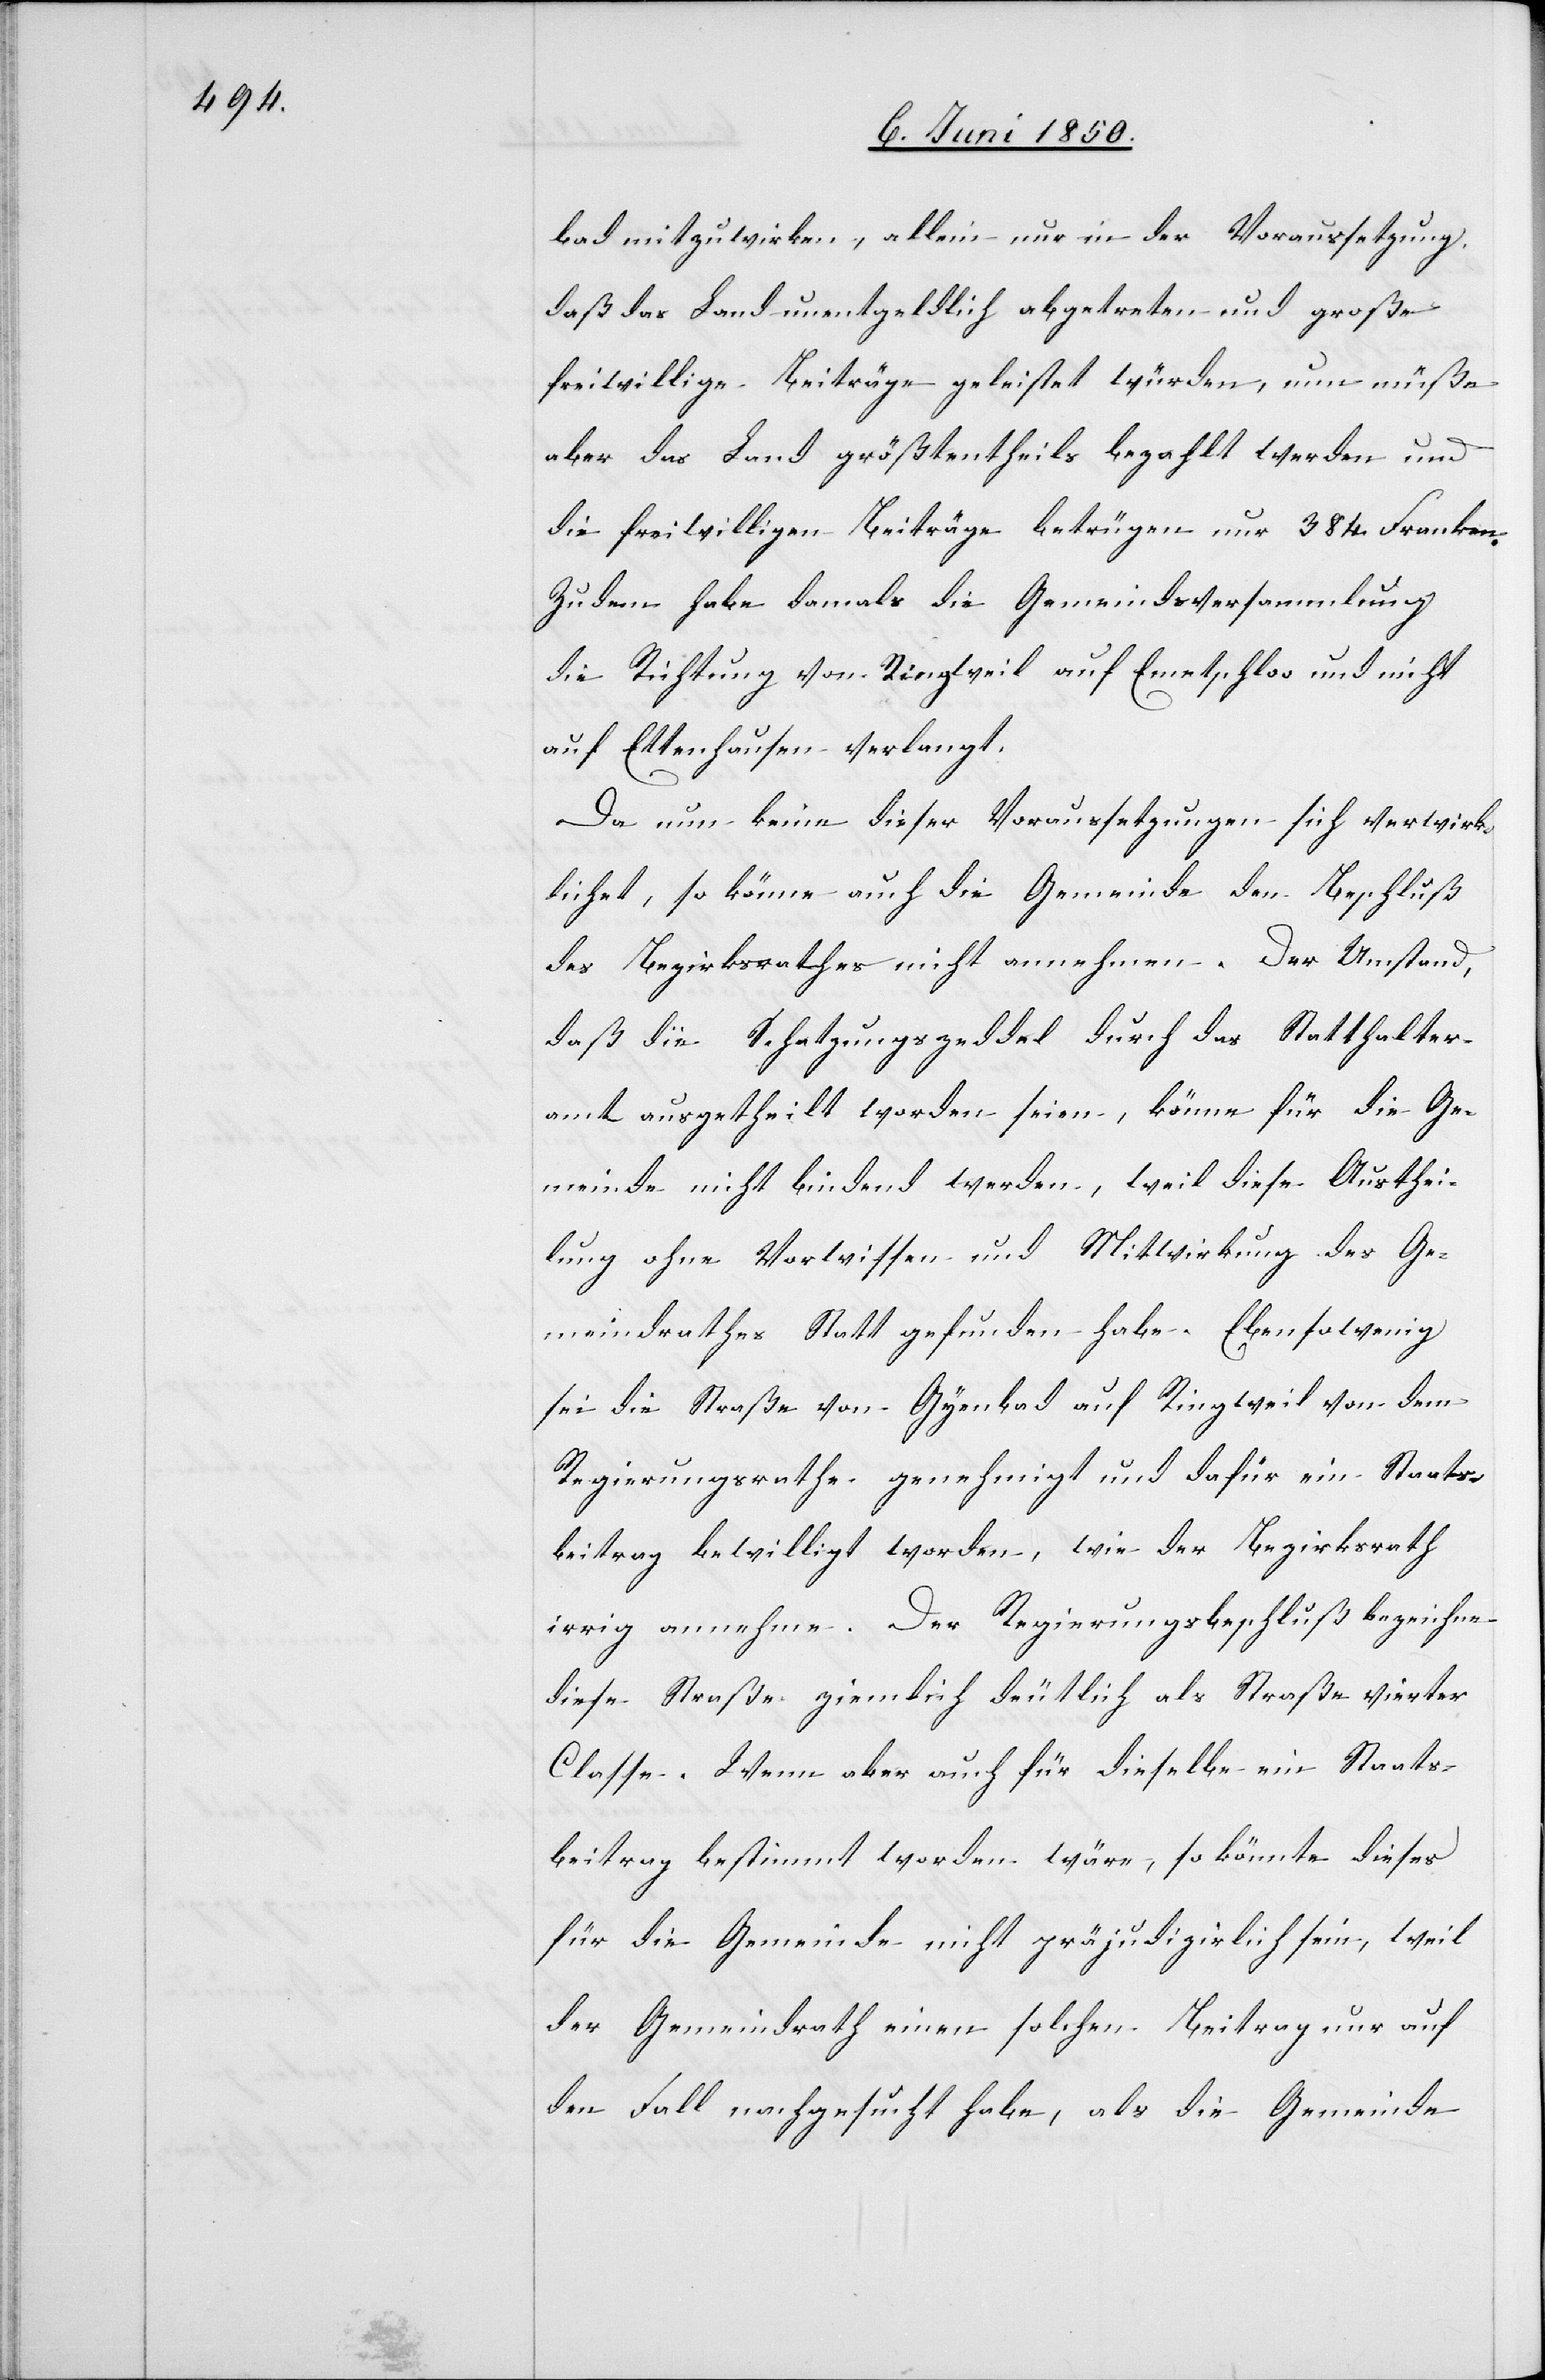
bad mitzuwirken, allein nur in der Voraussetzung,
daß das Land unentgeldlich abgetreten und große
freiwillige Beiträge geleistet würden, nun müße
aber das Land größtentheils bezahlt werden und
die freiwilligen Beiträge betrügen nur 384. Franken.
Zudem habe damals die Gemeindsversammlung
die Richtung von Ringweil auf Emetschloo und nicht
auf Ettenhausen verlangt.
Da nun keine dieser Voraussetzungen sich verwirk¬
lichet, so könne auch die Gemeinde den Beschluß
des Bezirksrathes nicht annehmen. Der Umstand,
daß die Schatzungszeddel durch das Statthalter¬
amt ausgetheilt worden seien, könne für die Ge¬
meinde nicht bindend werden, weil diese Austhei¬
lung ohne Vorwissen und Mitwirkung des Ge¬
meindrathes Statt gefunden habe. Ebensowenig
sei die Straße von Gy[r]enbad auf Ringweil von dem
Regierungsrathe genehmigt und dafür ein Staats¬
beitrag bewilligt worden, wie der Bezirksrath
irrig annehme. Der Regierungsbeschluß bezeichne
diese Straße ziemlich deutlich als Straße vierter
Classe. Wenn aber auch für dieselbe ein Staats¬
beitrag bestimmt worden wäre, so könnte dieses
für die Gemeinde nicht präjudizirlich sein, weil
der Gemeindrath einen solchen Beitrag nur auf
den Fall nachgesucht habe, als die Gemeinde